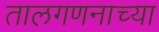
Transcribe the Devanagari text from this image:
तालगणनाच्या